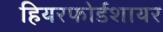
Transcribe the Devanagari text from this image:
हियरफोर्डशायर